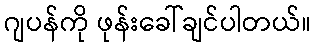
ဂျပန်ကို ဖုန်းခေါ်ချင်ပါတယ်။